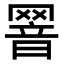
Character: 𦋫